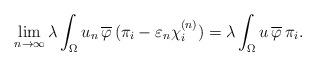
LaTeX: \begin{align*}\lim_{n \to \infty} \lambda \int_\Omega u_n \, \overline \varphi \, (\pi_i - \varepsilon_n \chi^{(n)}_i) = \lambda \int_\Omega u \, \overline \varphi \, \pi_i. \end{align*}